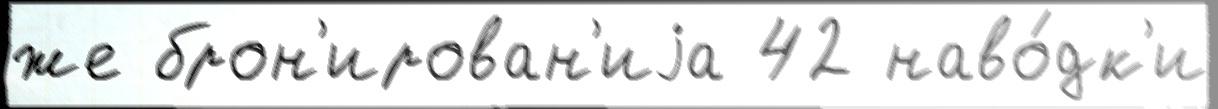
же брон'ирован'иjа 42 наво́дк'и